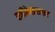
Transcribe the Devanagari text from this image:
स्त्रीकेसरावर